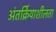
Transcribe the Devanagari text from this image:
अंतर्क्रियाशीलता